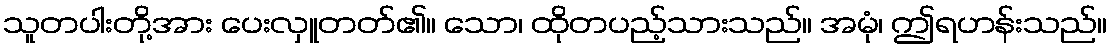
သူတပါးတို့အား ပေးလှူတတ်၏။ သော၊ ထိုတပည့်သားသည်။ အမုံ၊ ဤရဟန်းသည်။